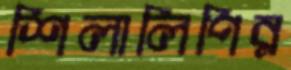
শিলালিপির